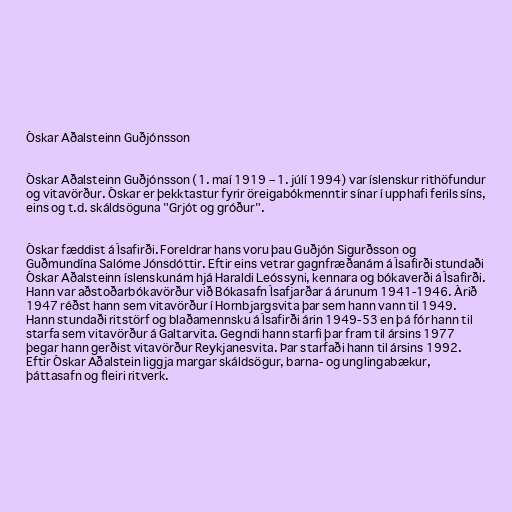
Óskar Aðalsteinn Guðjónsson

Óskar Aðalsteinn Guðjónsson (1. maí 1919 – 1. júlí 1994) var íslenskur rithöfundur
og vitavörður. Óskar er þekktastur fyrir öreigabókmenntir sínar í upphafi ferils síns,
eins og t.d. skáldsöguna "Grjót og gróður".

Óskar fæddist á Ísafirði. Foreldrar hans voru þau Guðjón Sigurðsson og
Guðmundína Salóme Jónsdóttir. Eftir eins vetrar gagnfræðanám á Ísafirði stundaði
Óskar Aðalsteinn íslenskunám hjá Haraldi Leóssyni, kennara og bókaverði á Ísafirði.
Hann var aðstoðarbókavörður við Bókasafn Ísafjarðar á árunum 1941-1946. Árið
1947 réðst hann sem vitavörður í Hornbjargsvita þar sem hann vann til 1949.
Hann stundaði ritstörf og blaðamennsku á Ísafirði árin 1949-53 en þá fór hann til
starfa sem vitavörður á Galtarvita. Gegndi hann starfi þar fram til ársins 1977
þegar hann gerðist vitavörður Reykjanesvita. Þar starfaði hann til ársins 1992.
Eftir Óskar Aðalstein liggja margar skáldsögur, barna- og unglingabækur,
þáttasafn og fleiri ritverk.